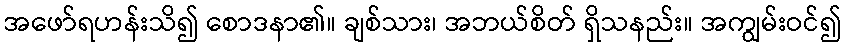
အဖော်ရဟန်းသိ၍ စောဒနာ၏။ ချစ်သား၊ အဘယ်စိတ် ရှိသနည်း။ အကျွမ်းဝင်၍